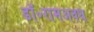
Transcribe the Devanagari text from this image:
डॉ॰रामअवध